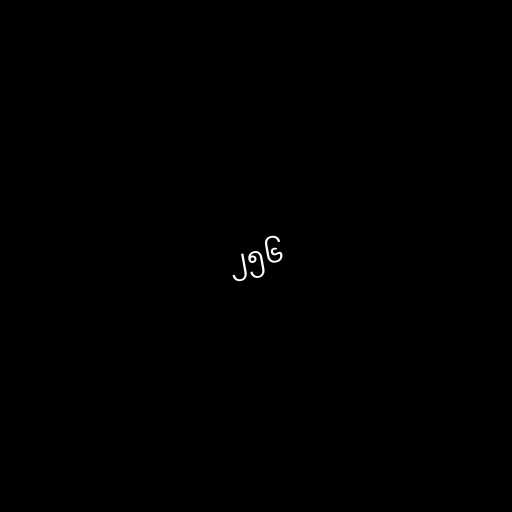
၂၅၆